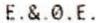
E.&.0.E.